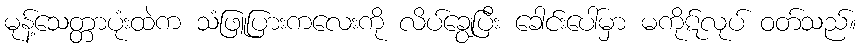
မုန့်သေတ္တာပုံးထဲက သံဖြူပြားကလေးကို လိပ်ချွေပြီး ခေါင်းပေါ်မှာ မကိုဋ်လုပ် ဝတ်သည်။